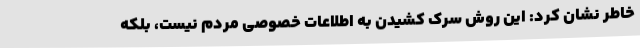
خاطر نشان کرد: این روش سرک کشیدن به اطلاعات خصوصی مردم نیست، بلکه